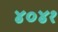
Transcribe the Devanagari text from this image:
४०४१